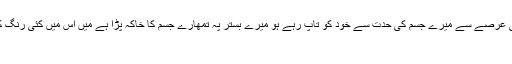
میں ایک عرصے سے اپنے ذہن پر تمھاری حکمرانی سے تنگ ہوں تم کئی عرصے سے میرے جسم کی حدت سے خود کو تاپ رہے ہو میرے بستر پہ تمھارے جسم کا خاکہ پڑا ہے میں اس میں کئی رنگ کئی خوبصورت لمحوں کو تراشتی رہتی ہوں اور جیتی رہتی ہوں صبح […]
آصف جان ترین ۔